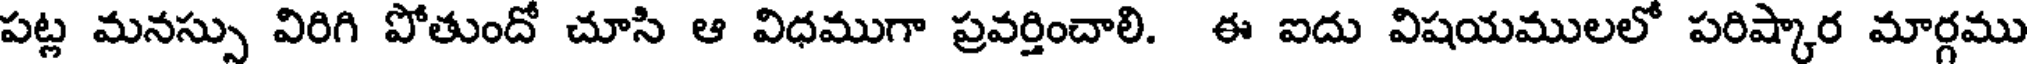
పట్ల మనస్సు విరిగి పోతుందో చూసి ఆ విధముగా ప్రవర్తించాలి. ఈ ఐదు విషయములలో పరిష్కార మార్గము